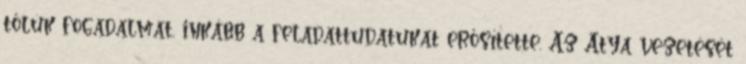
tőlük fogadalmat, inkább a feladattudatukat erősítette. Az Atya vezetését